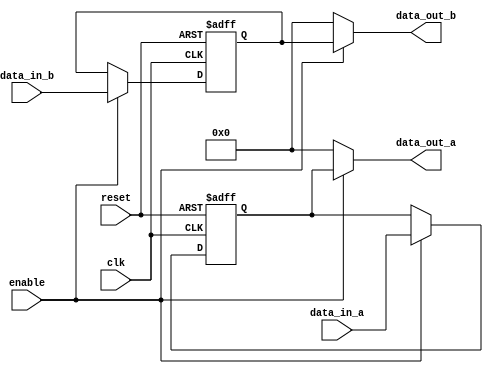
module bypass_register (
    input wire clk,
    input wire reset,
    input wire [7:0] data_in_a,
    input wire [7:0] data_in_b,
    input wire enable,
    output reg [7:0] data_out_a,
    output reg [7:0] data_out_b
);

reg [7:0] reg_data_a;
reg [7:0] reg_data_b;

always @(posedge clk or posedge reset) begin
    if (reset) begin
        reg_data_a <= 8'b0;
        reg_data_b <= 8'b0;
    end else if (enable) begin
        reg_data_a <= data_in_a;
        reg_data_b <= data_in_b;
    end
end

always @(*) begin
    if (enable) begin
        data_out_a = reg_data_a;
        data_out_b = reg_data_b;
    end else begin
        data_out_a = 8'b0;
        data_out_b = 8'b0;
    end
end

endmodule